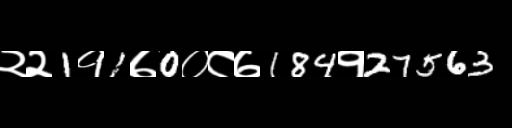
Text: २२1१1७0०८७184१27563